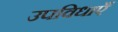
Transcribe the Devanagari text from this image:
उपविधाएँ